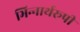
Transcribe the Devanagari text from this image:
भिन्‍नार्थरूपी